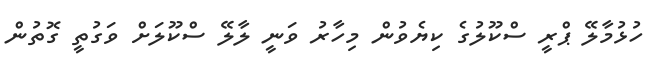
ހުޅުމާލޭ ޕްރީ ސްކޫލުގެ ކިޔެވުން މިހާރު ވަނީ ލާލޭ ސްކޫލަށް ވަގުތީ ގޮތުން